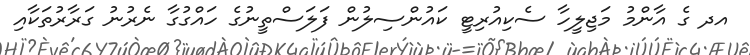
އދ ގެ އާންމު މަޖިލީހާ ސެކިއުރިޓީ ކައުންސިލުން ފަލަސްތީނުގެ ހައްގުގާ ނެރުނު ގަރާރުތަކާއި